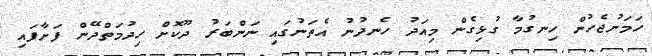
ހަމަނުޖެހުން ހިނގުމާ ގުޅިގެން މިއަދު ހެނދުނު އެތަނުގައި ނަންބަރު ދޫކޮށް ހިދުމަތްދޭން ފަށާފައި